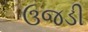
ઉજડી